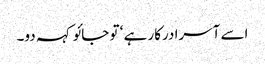
اسے آسرا درکار ہے ‘ تو جائو کہہ دو۔